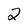
Character: 2